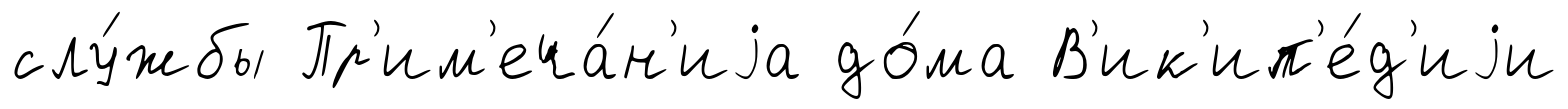
слу́жбы Пр'им'еча́н'иjа до́ма В'ик'ип'е́д'иjи